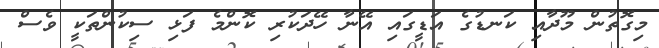
މިގޮތުން މޫދާއި ކަނޑުގެ އަޑީގައި އޭނާ ހޭދަކުރި ކޮންމެ ފަޅި ސިކުންތަކީ ވެސް